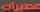
عميرات